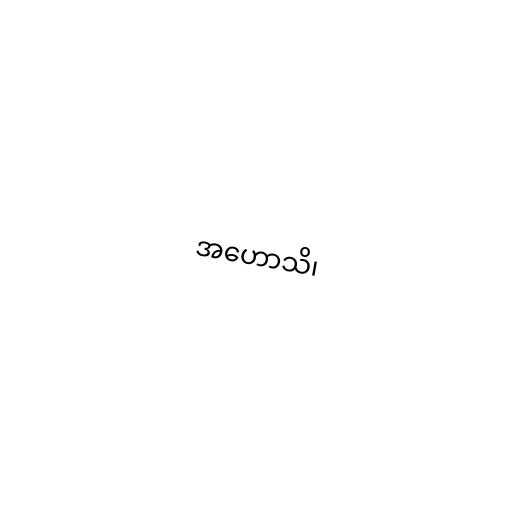
အဟောသိ၊